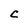
Character: C